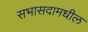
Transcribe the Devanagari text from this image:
सभासदामधील